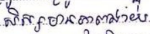
សិស្សមានភាពងាយ